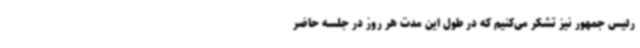
رئیس جمهور نیز تشکر می‌کنیم که در طول این مدت هر روز در جلسه حاضر